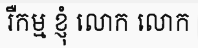
រឺកម្ម ខ្ញុំ លោក លោក